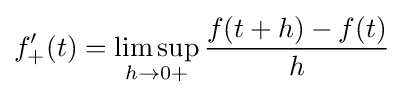
f'_{+}(t)=\limsup _{h\to {0+}}{\frac {f(t+h)-f(t)}{h}}